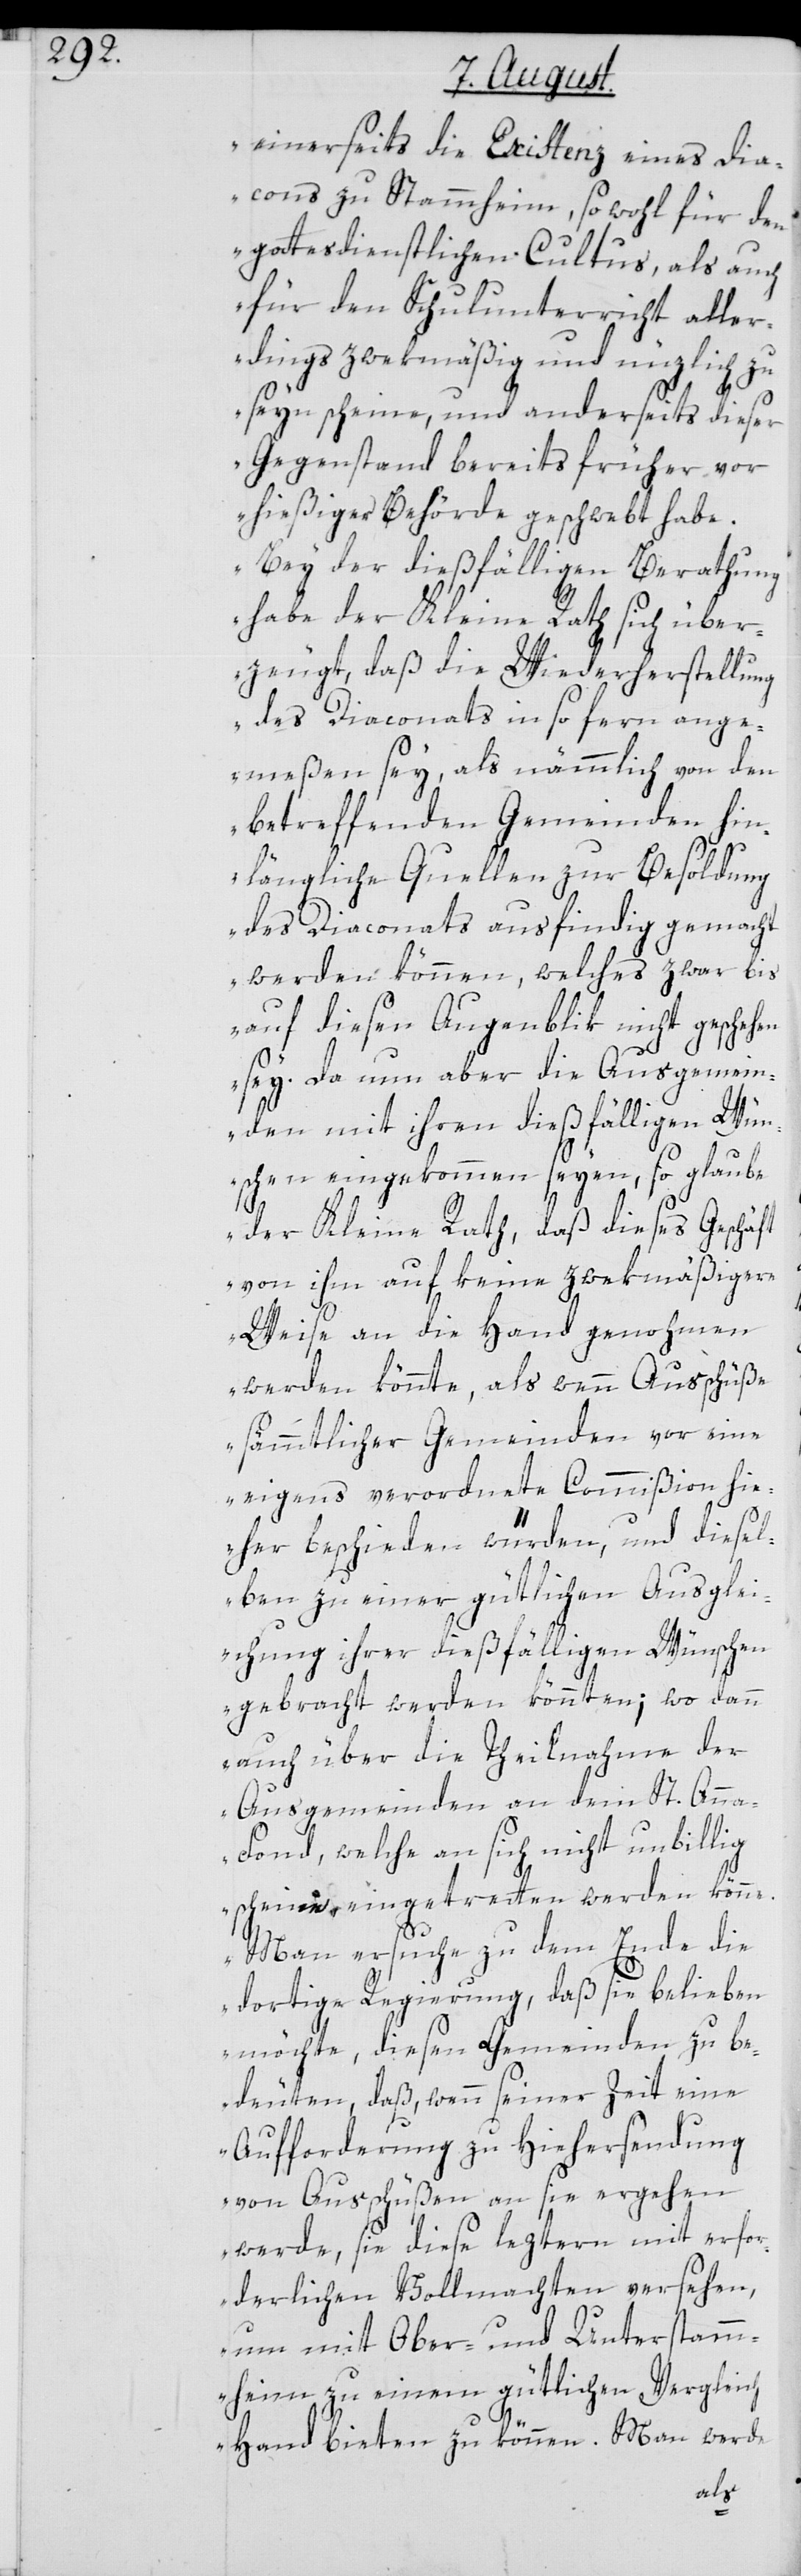
einerseits die Existenz eines Dia¬
cons zu Stammheim, sowohl für den
gottesdienstlichen Cultus, als auch
für den Schulunterricht aller¬
dings zwekmäßig und nüzlich zu
seyn scheine, und anderseits dieser
Gegenstand bereits früher vor
hießiger Behörde geschwebt habe.
Bey der dießfälligen Berathung
habe der Kleine Rath sich über¬
zeugt, daß die Wiederherstellung
des Diaconats in so fern ange¬
meßen sey, als nämmlich von den
betreffenden Gemeinden hin¬
längliche Quellen zur Besoldung
des Diaconats ausfindig gemacht
werden können, welches zwar bis
auf diesen Augenblik nicht geschehen
sey. Da nun aber die Ausgemein¬
den mit ihren dießfälligen Wün¬
schen eingekommen seyen, so glaube
der Kleine Rath, daß dieses Geschäft
von ihm auf keine zwekmäßigere
Weise an die Hand genohmen
werden könnte, als wenn Ausschüße
sämmtlicher Gemeinden vor eine
eigens verordnete Commißion hi¬
eher beschieden würden, und diesel¬
ben zu einer gütlichen Ausglei¬
chung ihrer dießfälligen Wünschen
gebracht werden könnten; wo dann
auch über die Theilnahme der
Ausgemeinden an dem St. Anna-F¬
ond, welche an sich nicht unbillig
scheine, eingetretten werden könne.
Man ersuche zu dem Ende die
dortige Regierung, daß sie belieben
möchte, diesen Gemeinden zu be¬
deuten, daß, wenn seiner Zeit eine
Aufforderung zu Hiehersendung
von Ausschüßen an sie ergehen
werde, sie diese leztern mit erfor¬
derlichen Vollmachten versehen,
um mit Ober- und Unterstam¬
mheim zu einem gütlichen Vergleich
Hand bieten zu können. Man werde